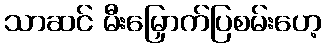
သာဆင် မီးမြှောက်ပြစမ်းဟေ့